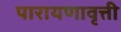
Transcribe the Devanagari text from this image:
पारायणावृत्ती